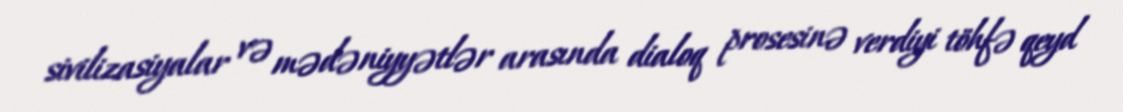
sivilizasiyalar və mədəniyyətlər arasında dialoq prosesinə verdiyi töhfə qeyd